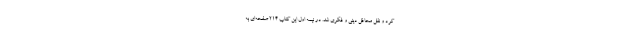
کرد و نقل محافل دینی و فکری شد. در نیمه اول این کتاب 214 صفحه‌ای به